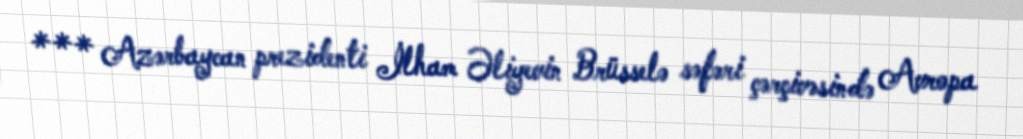
*** Azərbaycan prezidenti İlham Əliyevin Brüsselə səfəri çərçivəsində Avropa